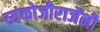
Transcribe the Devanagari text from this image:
व्यंकोजीराजेंनी